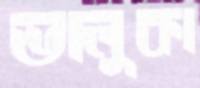
ভালুকা